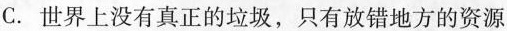
C.世界上没有真正的垃圾，只有放错地方的资源